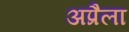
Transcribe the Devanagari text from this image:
अप्रैला